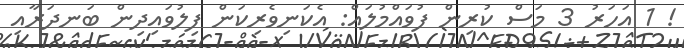
! 1 އަހަރު 3 މަސް ކުރިން ފުވައްމުލައް: އެކަނިވެރިކަން ފިލުވައިދިން ބަނދަރާއި